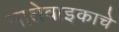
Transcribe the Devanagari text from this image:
नातेवाइकाचे